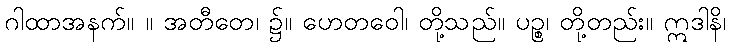
ဂါထာအနက်။ ။ အတီတေ၊ ၌။ ဟေတဝေါ၊ တို့သည်။ ပဉ္စ၊ တို့တည်း။ ဣဒါနိ၊